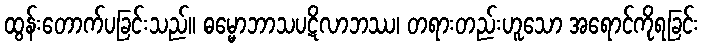
ထွန်းတောက်ပခြင်းသည်။ ဓမ္မောဘာသပဋိလာဘဿ၊ တရားတည်းဟူသော အရောင်ကိုရခြင်း